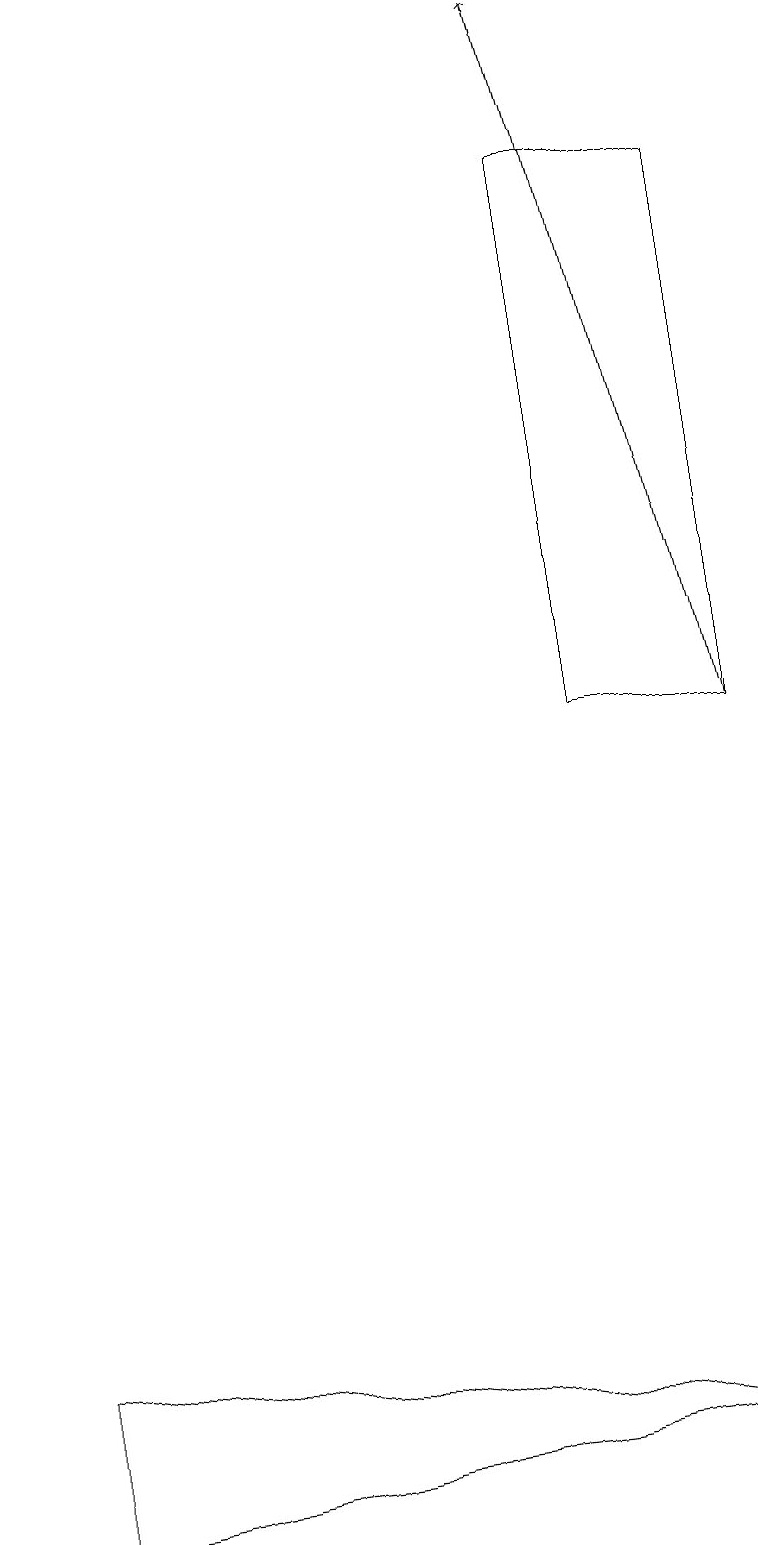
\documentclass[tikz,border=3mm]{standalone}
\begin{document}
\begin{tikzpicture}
\draw[->] (9,10) -- (7,19);
\draw (9,1) -- (0,0) -- (0,2) -- cycle;
\draw (7,10) rectangle (9,17);
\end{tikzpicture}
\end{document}